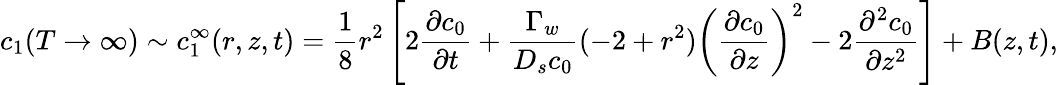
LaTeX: c_{1}(T\rightarrow\infty)\sim c_{1}^{\infty}(r,z,t)=\frac{1}{8}r^{2}\left[2\frac{\partial c_{0}}{\partial t}+\frac{\Gamma_{w}}{D_{s}c_{0}}(-2+r^{2})\left(\frac{\partial c_{0}}{\partial z}\right)^{2}-2\frac{\partial^{2}c_{0}}{\partial z^{2}}\right]+B(z,t),